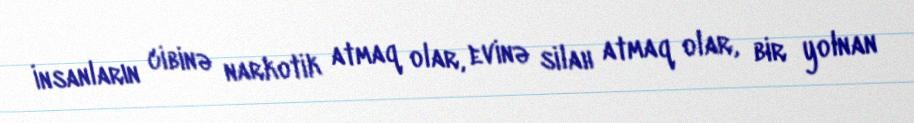
İnsanların cibinə narkotik atmaq olar, evinə silah atmaq olar, bir yolnan